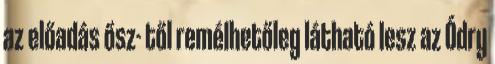
az előadás ősz- től remélhetőleg látható lesz az Ódry